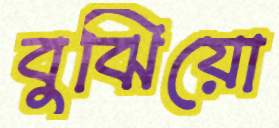
বুঝিয়ো